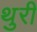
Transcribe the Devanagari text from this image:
थुरी